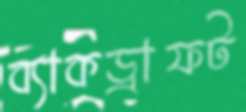
ব্যাকড্রাফট